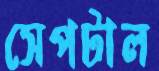
সেপটাল